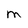
Character: M